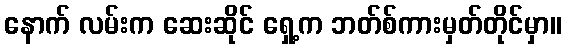
နောက် လမ်းက ဆေးဆိုင် ရှေ့က ဘတ်စ်ကားမှတ်တိုင်မှာ။